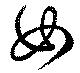
女